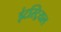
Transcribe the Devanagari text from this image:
इंटस्ट्रियल